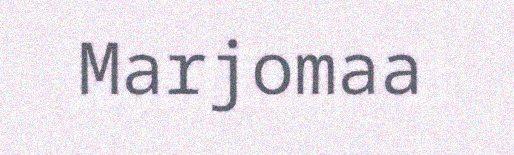
Marjomaa